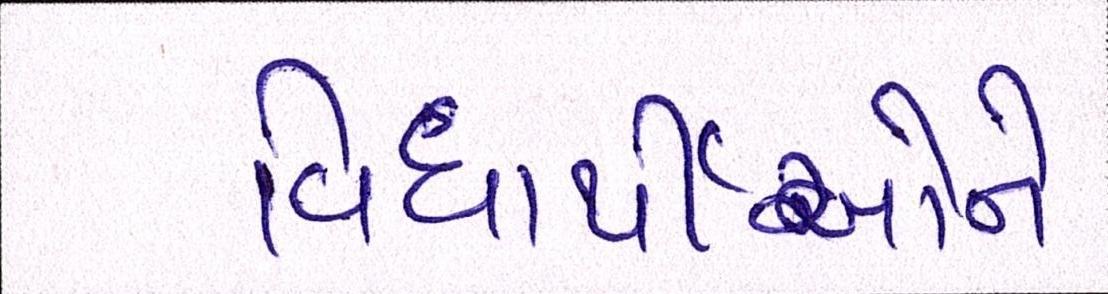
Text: વિધાર્થીઓને